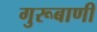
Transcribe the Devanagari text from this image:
गुरूबाणी